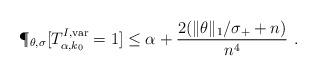
LaTeX: \begin{align*} \P_{\theta,\sigma}[T^{I,\mathrm{var}}_{\alpha,k_0}=1]\leq \alpha + \frac{2(\|\theta\|_1/\sigma_++ n)}{n^4}\ . \end{align*}